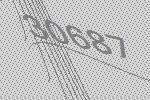
30687